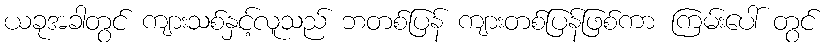
ယခုအခါတွင် ကျားသစ်နှင့်လူသည် ဘတစ်ပြန် ကျားတစ်ပြန်ဖြစ်ကာ ကြမ်းပေါ် တွင်